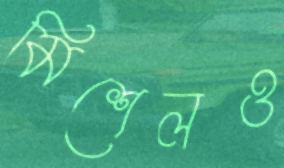
মিশেলও